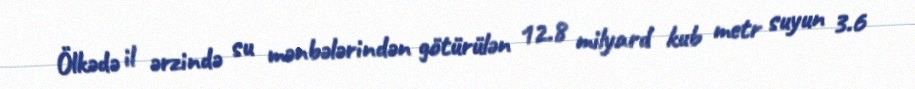
Ölkədə il ərzində su mənbələrindən götürülən 12.8 milyard kub metr suyun 3.6